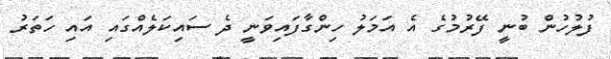
ފުލުހުން ބުނީ ފޭރުމުގެ އެ އަމަލު ހިންގާފައިވަނީ ދެ ސައިކަލެއްގައި އައި ހަތަރު